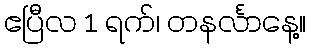
ဧပြီလ 1 ရက်၊ တနင်္လာနေ့။